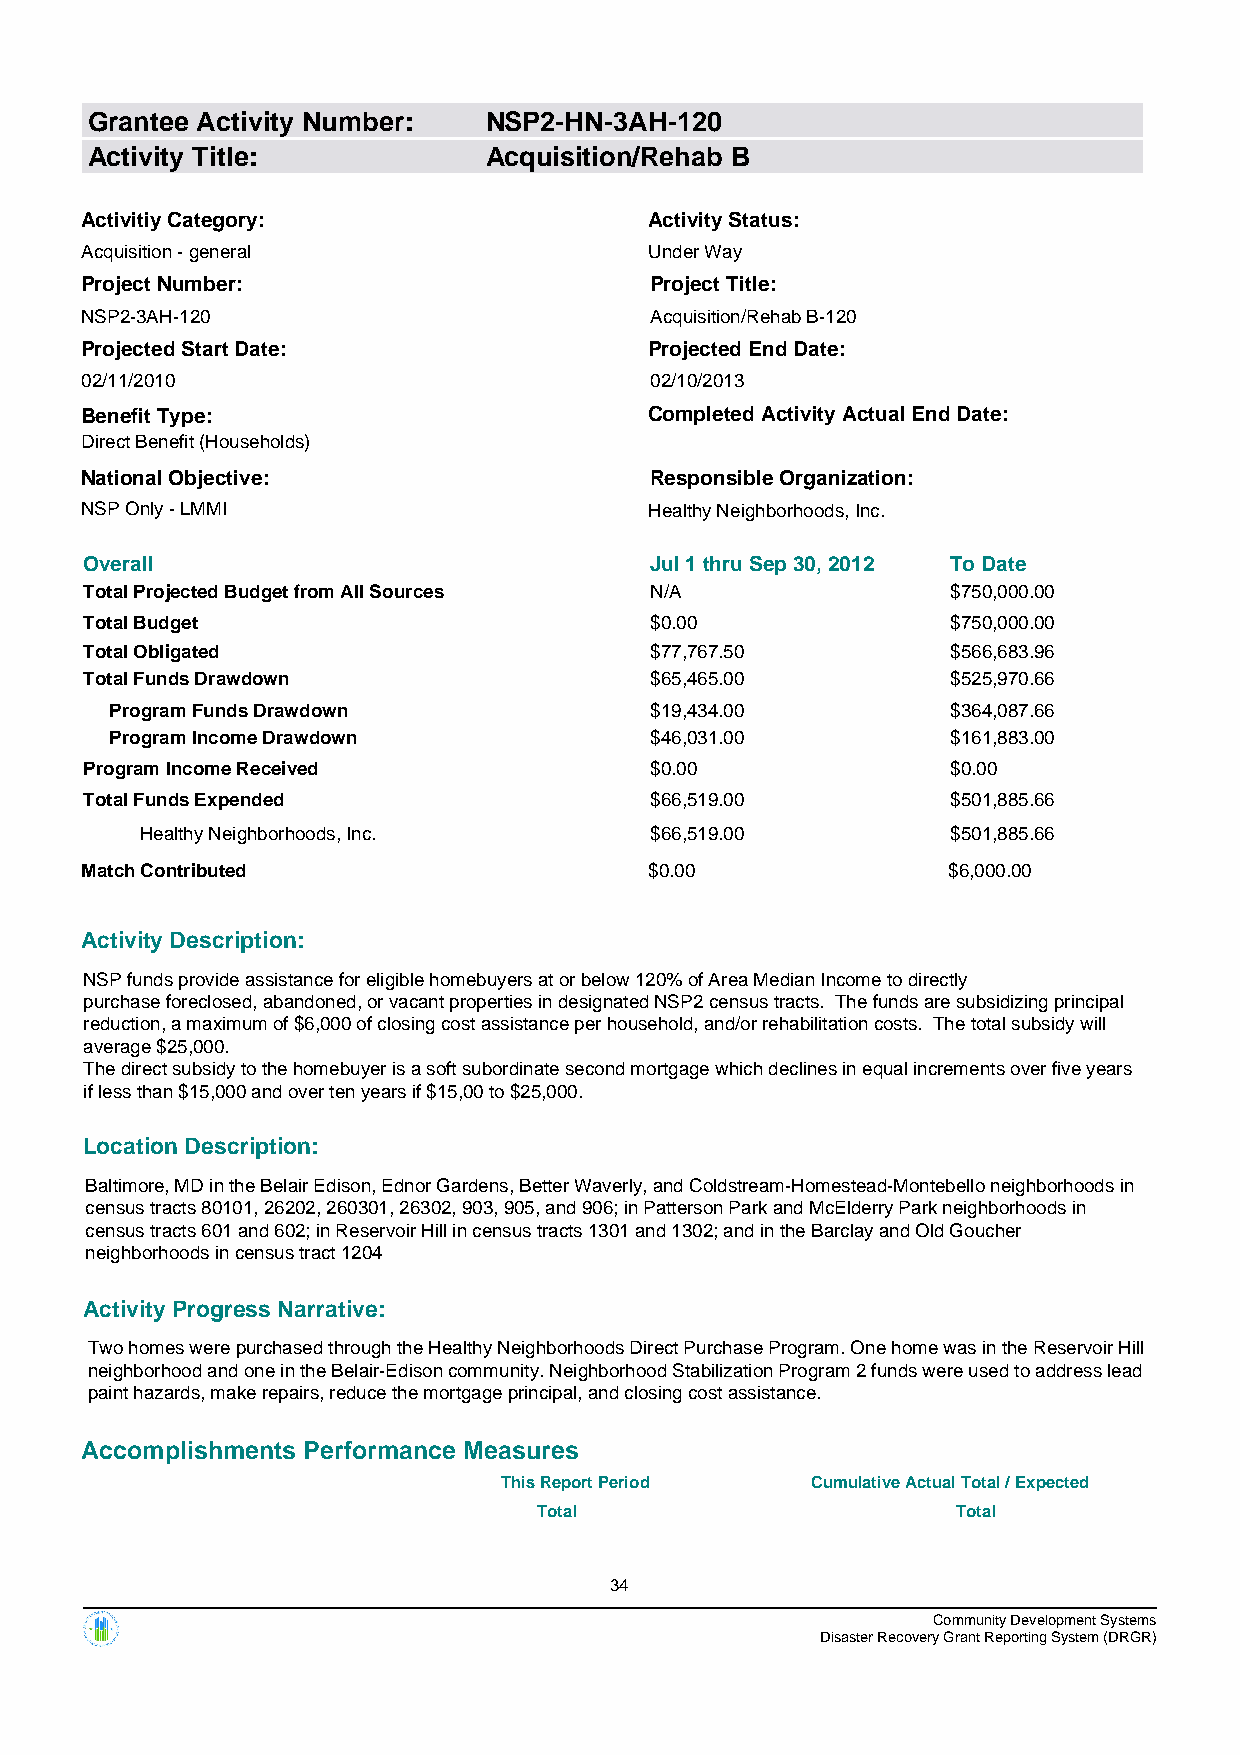
Grantee Activity Number:  NSP2-HN-3AH-120
 Activity Title:           Acquisition/Rehab B
 Activitiy Category:                   Activity Status:
 Acquisition - general                 Under Way
 Project Number:                       Project Title:
 NSP2-3AH-120                          Acquisition/Rehab B-120
 Projected Start Date:                 Projected End Date:
 02/11/2010                            02/10/2013
 Benefit Type:                         Completed Activity Actual End Date:
 Direct Benefit (Households)
 National Objective:                   Responsible Organization:
 NSP Only - LMMI                       Healthy Neighborhoods, Inc.
 Overall                              Jul 1 thru Sep 30, 2012 To Date
 Total Projected Budget from All Sources N/A              $750,000.00
 Total Budget                         $0.00               $750,000.00
 Total Obligated                      $77,767.50          $566,683.96
 Total Funds Drawdown                 $65,465.00          $525,970.66
 Program Funds Drawdown              $19,434.00          $364,087.66
 Program Income Drawdown             $46,031.00          $161,883.00
 Program Income Received              $0.00               $0.00
 Total Funds Expended                 $66,519.00          $501,885.66
 Healthy Neighborhoods, Inc.       $66,519.00          $501,885.66
 Match Contributed                     $0.00               $6,000.00
 Activity Description:
 NSP funds provide assistance for eligible homebuyers at or below 120% of Area Median Income to directly
 purchase foreclosed, abandoned, or vacant properties in designated NSP2 census tracts. The funds are subsidizing principal
 reduction, a maximum of $6,000 of closing cost assistance per household, and/or rehabilitation costs. The total subsidy will
 average $25,000.
 The direct subsidy to the homebuyer is a soft subordinate second mortgage which declines in equal increments over five years
 if less than $15,000 and over ten years if $15,00 to $25,000.
 Location Description:
 Baltimore, MD in the Belair Edison, Ednor Gardens, Better Waverly, and Coldstream-Homestead-Montebello neighborhoods in
 census tracts 80101, 26202, 260301, 26302, 903, 905, and 906; in Patterson Park and McElderry Park neighborhoods in
 census tracts 601 and 602; in Reservoir Hill in census tracts 1301 and 1302; and in the Barclay and Old Goucher
 neighborhoods in census tract 1204
 Activity Progress Narrative:
 Two homes were purchased through the Healthy Neighborhoods Direct Purchase Program. One home was in the Reservoir Hill
 neighborhood and one in the Belair-Edison community. Neighborhood Stabilization Program 2 funds were used to address lead
 paint hazards, make repairs, reduce the mortgage principal, and closing cost assistance.
 Accomplishments Performance Measures
 This Report Period   Cumulative Actual Total / Expected
 Total                      Total
 34
 Community Development Systems
 Disaster Recovery Grant Reporting System (DRGR)